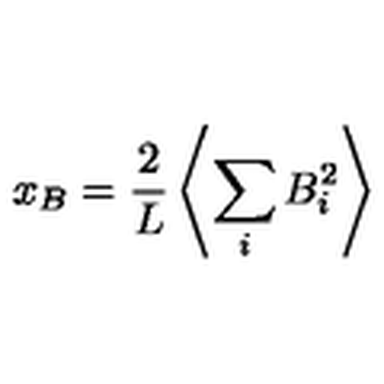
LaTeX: x _ { B } = \frac { 2 } { L } \left\langle \sum _ { i } B _ { i } ^ { 2 } \right\rangle